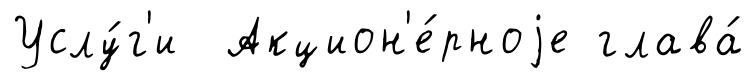
Услу́г'и Акцион'е́рноjе глава́